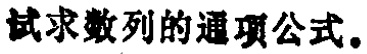
试求数列的通项公式。